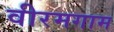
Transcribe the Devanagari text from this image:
वीरमगाम